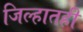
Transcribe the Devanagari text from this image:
जिल्हातही